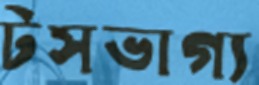
টসভাগ্য